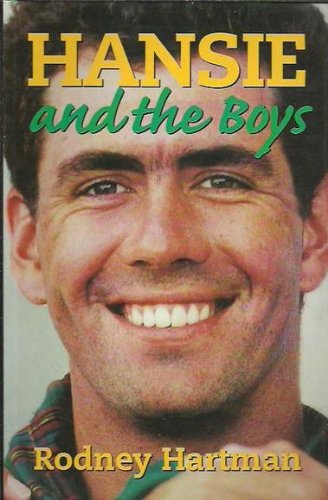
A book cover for Hansie and the Boys: The Making of the South African Cricket Team; Rodney Hartman; Sports & Outdoors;